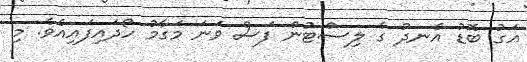
އަގު ބޮޑު އެނދު ގެ ލިސްޓުން ފަސް ވަނަ މަގާމު ހޯދައިފައިއެވެ. މި